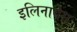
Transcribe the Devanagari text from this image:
इलिनायेस